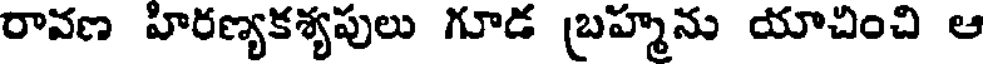
రావణ హిరణ్యకశ్యపులు గూడ (బహ్మను యాచించి ఆ